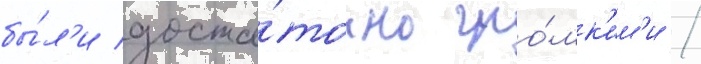
бы́л'и доста́точно гро́мк'им'и /